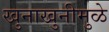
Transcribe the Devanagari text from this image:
खुनाखुनीमुळे